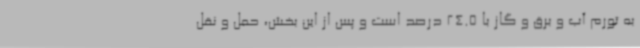
به تورم آب و برق و گاز با 24.5 درصد است و پس از این بخش، حمل و نقل